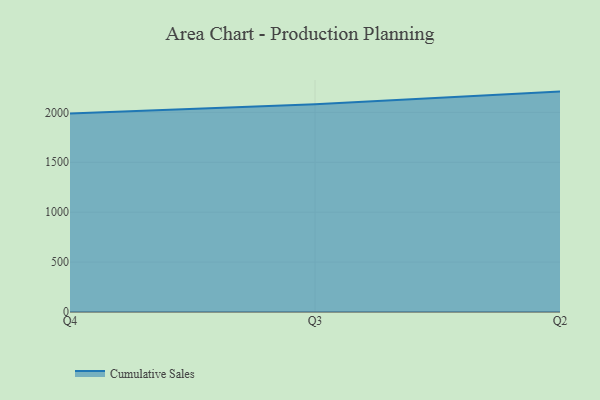
{"axis": {"x": "Quarter", "y": "Headcount"}, "legend": ["Cumulative Sales"], "data": [{"x": "Q4", "y": 1988.5, "type": "Cumulative Sales"}, {"x": "Q3", "y": 2082.2, "type": "Cumulative Sales"}, {"x": "Q2", "y": 2208.2, "type": "Cumulative Sales"}]}